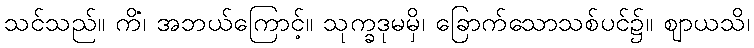
သင်သည်။ ကိံ၊ အဘယ်ကြောင့်။ သုက္ခဒုမမှိ၊ ခြောက်သောသစ်ပင်၌။ ဈာယသိ၊